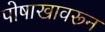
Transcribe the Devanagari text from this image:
पोषाखावरून